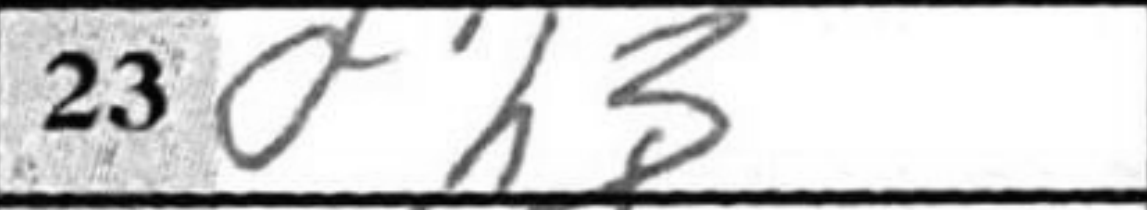
Transcription: fh3